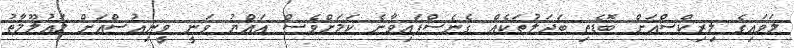
ލަވައިގެ ލިރިކްސްއަށް ބޮޑެތި ބަދަލުތަކެއް ގެނެސްފައިވާނެ ކަމަށްވެސް އައްޔު ވަނީ ވީނިއުސްއަށް މައުލޫމާތު